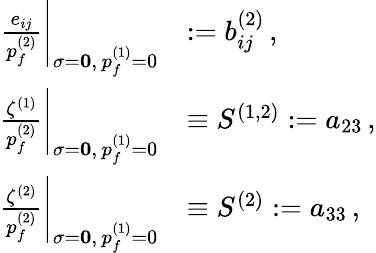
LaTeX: \begin{array}{rl}{\left.\frac{e_{ij}}{p_{f}^{(2)}}\right|_{{\mathbf{\sigma}=\mathbf{0}},\, p_{f}^{(1)}=0}}&{:=b_{ij}^{(2)}\, ,}\\ {\left.\frac{\zeta^{(1)}}{p_{f}^{(2)}}\right|_{{\mathbf{\sigma}=\mathbf{0}},\, p_{f}^{(1)}=0}}&{\equiv S^{(1,2)}:=a_{23}\, ,}\\ {\left.\frac{\zeta^{(2)}}{p_{f}^{(2)}}\right|_{{\mathbf{\sigma}=\mathbf{0}},\, p_{f}^{(1)}=0}}&{\equiv S^{(2)}:=a_{33}\, ,}\end{array}